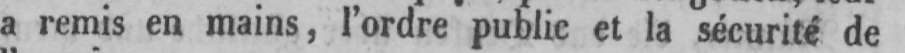
a remis en mains, l’ordre public et la sécurité de